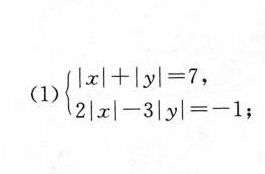
(1) $$\begin {cases} | x | + | y | = 7 ， \\ 2 | x | - 3 | y | = - 1 ；